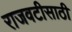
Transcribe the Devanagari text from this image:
राजवटीसाठी